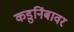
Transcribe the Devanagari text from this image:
कडुनिंबावर